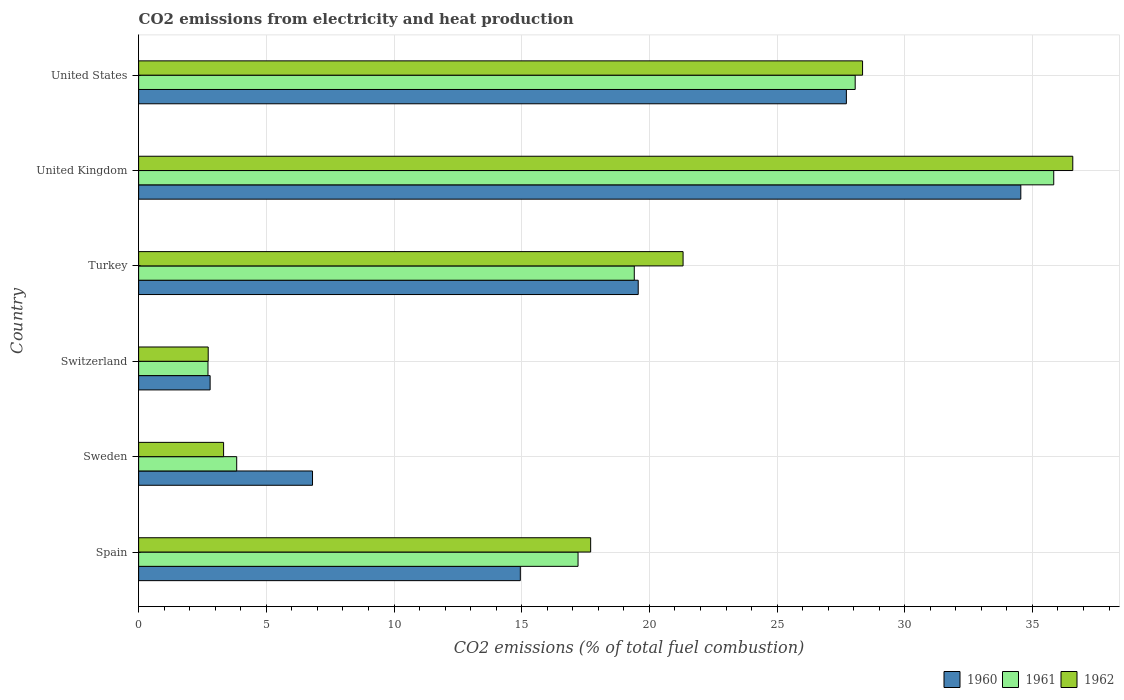
| Country | 1960 | 1961 | 1962 |
 | --- | --- | --- | --- |
 | Spain | 14.9 | 17.2 | 17.7 |
 | Sweden | 6.81 | 3.84 | 3.33 |
 | Switzerland | 2.8 | 2.72 | 2.72 |
 | Turkey | 19.6 | 19.4 | 21.3 |
 | United Kingdom | 34.5 | 35.8 | 36.6 |
 | United States | 27.7 | 28.1 | 28.3 |